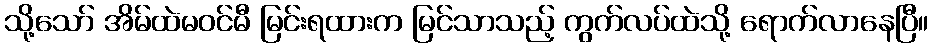
သို့သော် အိမ်ထဲမဝင်မီ မြင်းရထားက မြင်သာသည့် ကွက်လပ်ထဲသို့ ရောက်လာနေပြီ။